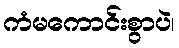
ကံမကောင်းစွာပဲ၊